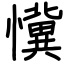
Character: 懻